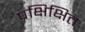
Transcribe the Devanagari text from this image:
प्रक्षिक्षित